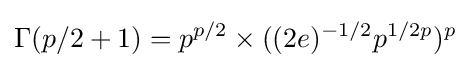
\Gamma (p/2+1)=p^{p/2}\times ((2e)^{-1/2}p^{1/2p})^{p}